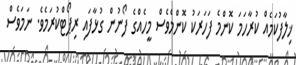
ޚިލާފުކަމެއް ކުރާހަމަ ކޮންމެ ފަހަރަކު ކޮންމެވެސް މީހެއްގެ ފޯނުން ގުޅާފައި ރިޕޯޓްކުރަމެވެ. ނަމަވެސް